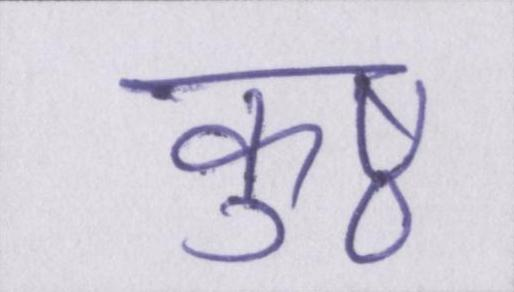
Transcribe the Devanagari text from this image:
कुष्ठ